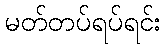
မတ်တပ်ရပ်ရင်း